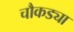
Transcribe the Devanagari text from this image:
चौकड्या